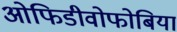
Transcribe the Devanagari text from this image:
ओफिडीवोफोबिया